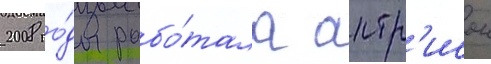
2008 го́ды рабо́тала актр'исои